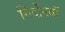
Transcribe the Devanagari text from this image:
गिर्दोनवाॅ